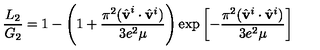
\frac { L _ { 2 } } { G _ { 2 } } = 1 - \left( 1 + \frac { \pi ^ { 2 } ( \hat { \bf v } ^ { i } \cdot \hat { \bf v } ^ { i } ) } { 3 e ^ { 2 } \mu } \right) \exp \left[ - \frac { \pi ^ { 2 } ( \hat { \bf v } ^ { i } \cdot \hat { \bf v } ^ { i } ) } { 3 e ^ { 2 } \mu } \right]